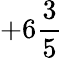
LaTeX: +6{\frac{3}{5}}